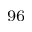
^ { 9 6 }